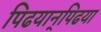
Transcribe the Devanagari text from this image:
पिढयान्‌पिढया